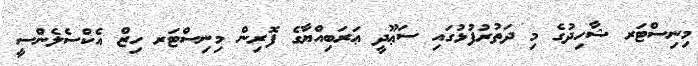
މިނިސްޓަރ ޝާހިދުގެ މި ދަތުރުފުޅުގައި ސަޢޫދީ ޢަރަބިއްޔާގެ ފޮރިން މިނިސްޓަރ ހިޒް އެކްސެލެންސީ